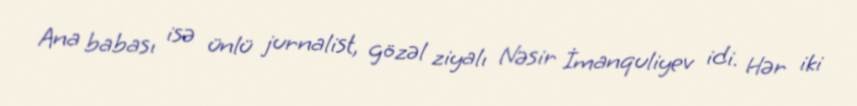
Ana babası isə ünlü jurnalist, gözəl ziyalı Nəsir İmanquliyev idi. Hər iki